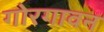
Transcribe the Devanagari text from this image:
गोरगावन